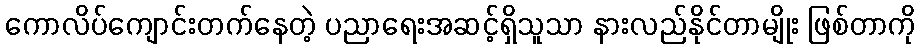
ကောလိပ်ကျောင်းတက်နေတဲ့ ပညာရေးအဆင့်ရှိသူသာ နားလည်နိုင်တာမျိုး ဖြစ်တာကို